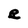
Character: e